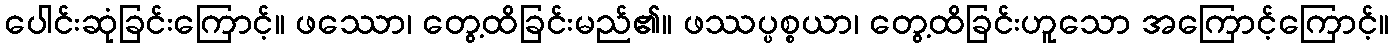
ပေါင်းဆုံခြင်းကြောင့်။ ဖဿော၊ တွေ့ထိခြင်းမည်၏။ ဖဿပ္ပစ္စယာ၊ တွေ့ထိခြင်းဟူသော အကြောင့်ကြောင့်။